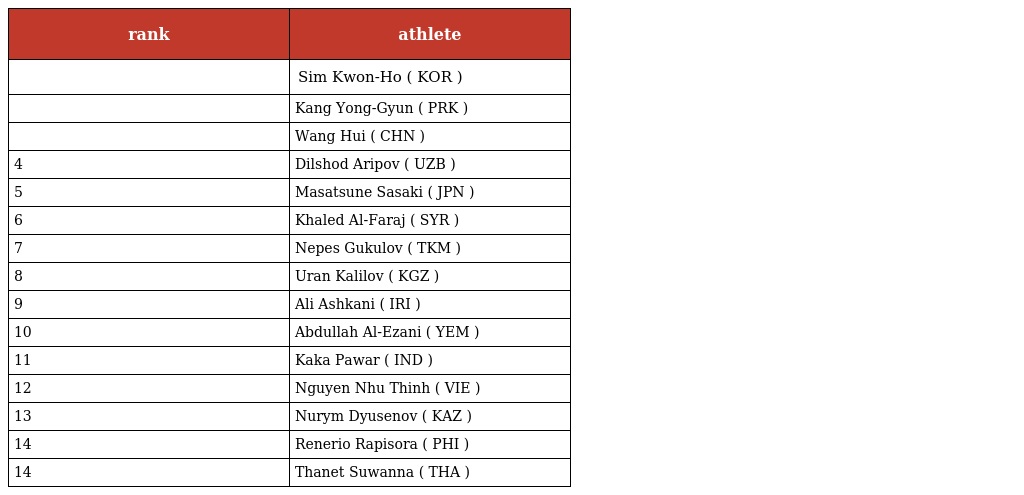
| rank | athlete |
 | --- | --- |
 |  | Sim Kwon-Ho ( KOR ) |
 |  | Kang Yong-Gyun ( PRK ) |
 |  | Wang Hui ( CHN ) |
 | 4 | Dilshod Aripov ( UZB ) |
 | 5 | Masatsune Sasaki ( JPN ) |
 | 6 | Khaled Al-Faraj ( SYR ) |
 | 7 | Nepes Gukulov ( TKM ) |
 | 8 | Uran Kalilov ( KGZ ) |
 | 9 | Ali Ashkani ( IRI ) |
 | 10 | Abdullah Al-Ezani ( YEM ) |
 | 11 | Kaka Pawar ( IND ) |
 | 12 | Nguyen Nhu Thinh ( VIE ) |
 | 13 | Nurym Dyusenov ( KAZ ) |
 | 14 | Renerio Rapisora ( PHI ) |
 | 14 | Thanet Suwanna ( THA ) |